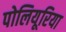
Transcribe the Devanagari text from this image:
पोलियूरिया